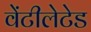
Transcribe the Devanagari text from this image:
वेंटीलेटेड